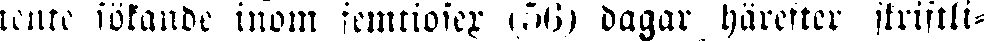
tente sökande inom femtiosex (56) dagar härefter skriftli-